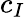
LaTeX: c_{I}